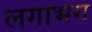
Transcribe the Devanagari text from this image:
लगाभग